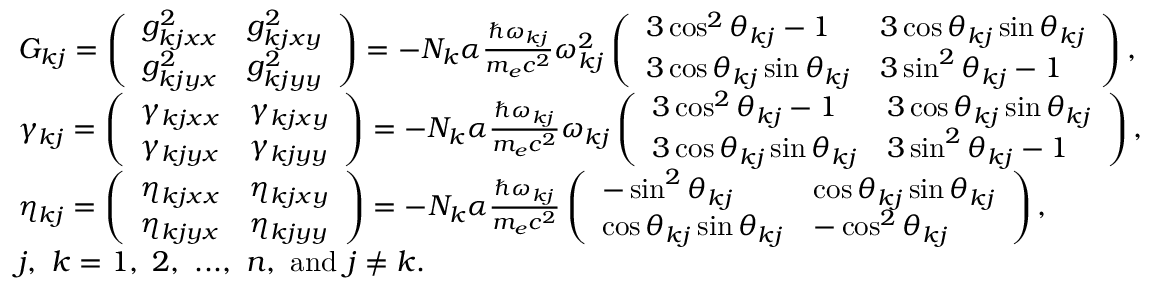
\centering \begin{array} { r l } & { G _ { k j } = \left( \begin{array} { l l } { g _ { k j x x } ^ { 2 } } & { g _ { k j x y } ^ { 2 } } \\ { g _ { k j y x } ^ { 2 } } & { g _ { k j y y } ^ { 2 } } \end{array} \right) = - N _ { k } \alpha \frac { \hbar \omega _ { k j } } { m _ { e } c ^ { 2 } } \omega _ { k j } ^ { 2 } \left( \begin{array} { l l } { 3 \cos ^ { 2 } \theta _ { k j } - 1 } & { 3 \cos \theta _ { k j } \sin \theta _ { k j } } \\ { 3 \cos \theta _ { k j } \sin \theta _ { k j } } & { 3 \sin ^ { 2 } \theta _ { k j } - 1 } \end{array} \right) , } \\ & { \gamma _ { k j } = \left( \begin{array} { l l } { \gamma _ { k j x x } } & { \gamma _ { k j x y } } \\ { \gamma _ { k j y x } } & { \gamma _ { k j y y } } \end{array} \right) = - N _ { k } \alpha \frac { \hbar \omega _ { k j } } { m _ { e } c ^ { 2 } } \omega _ { k j } \left( \begin{array} { l l } { 3 \cos ^ { 2 } \theta _ { k j } - 1 } & { 3 \cos \theta _ { k j } \sin \theta _ { k j } } \\ { 3 \cos \theta _ { k j } \sin \theta _ { k j } } & { 3 \sin ^ { 2 } \theta _ { k j } - 1 } \end{array} \right) , } \\ & { \eta _ { k j } = \left( \begin{array} { l l } { \eta _ { k j x x } } & { \eta _ { k j x y } } \\ { \eta _ { k j y x } } & { \eta _ { k j y y } } \end{array} \right) = - N _ { k } \alpha \frac { \hbar \omega _ { k j } } { m _ { e } c ^ { 2 } } \left( \begin{array} { l l } { - \sin ^ { 2 } \theta _ { k j } } & { \cos \theta _ { k j } \sin \theta _ { k j } } \\ { \cos \theta _ { k j } \sin \theta _ { k j } } & { - \cos ^ { 2 } \theta _ { k j } } \end{array} \right) , } \\ & { j , ~ k = 1 , ~ 2 , ~ . . . , ~ n , ~ \mathrm { a n d } ~ j \neq k . } \end{array}